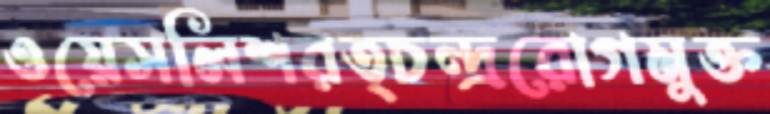
ওয়েসলিশরত্চন্দ্ররোগমুক্ত